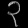
Digit: ၃